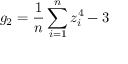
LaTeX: g _ { 2 } = { \frac { 1 } { n } } \sum _ { i = 1 } ^ { n } z _ { i } ^ { 4 } - 3